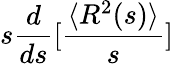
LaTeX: s\frac{d}{ds}[\frac{\langle R^{2}(s)\rangle}{s}]